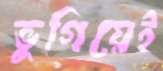
ভুগিয়েই